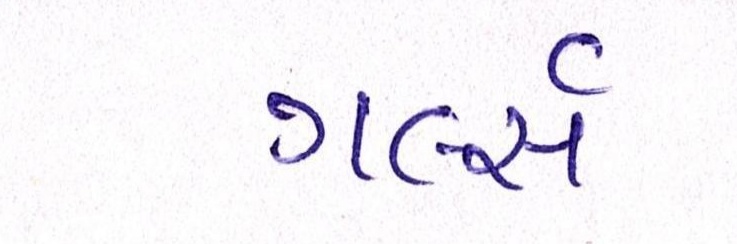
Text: ગર્લ્સ